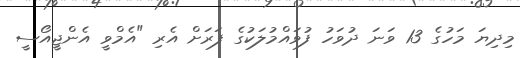
މިދިޔަ މަހުގެ 13 ވަނަ ދުވަހު ފުވައްމުލަކުގެ ފަރަށް އެރި "އެމްވީ އެންޖީއޯސީ